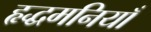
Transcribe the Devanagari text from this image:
हृद्धमनियाँ